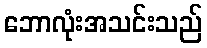
ဘောလုံးအသင်းသည်